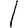
Digit: 1